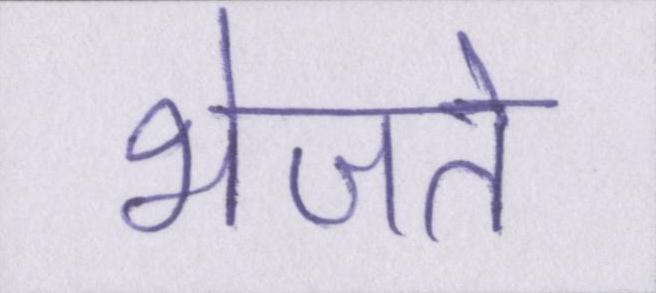
भेजते